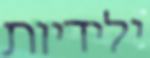
ילידיות